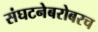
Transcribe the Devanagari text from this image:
संघटनेबरोबरच